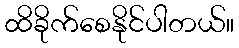
ထိခိုက်စေနိုင်ပါတယ်။